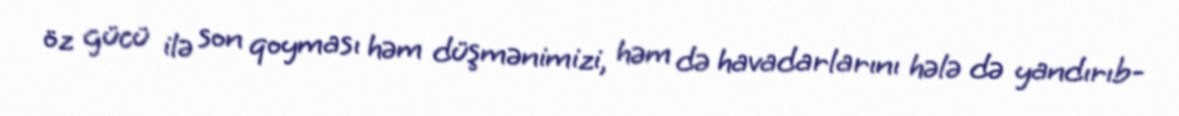
öz gücü ilə son qoyması həm düşmənimizi, həm də havadarlarını hələ də yandırıb-